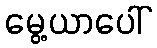
မွေ့ယာပေါ်